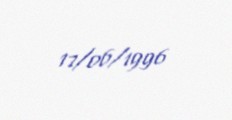
17/06/1996